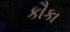
કૌકા